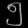
Digit: ၅